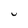
Character: U